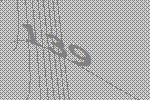
139